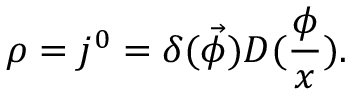
\rho = j ^ { 0 } = \delta ( \vec { \phi } ) D ( \frac \phi x ) .